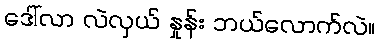
ဒေါ်လာ လဲလှယ် နှုန်း ဘယ်လောက်လဲ။